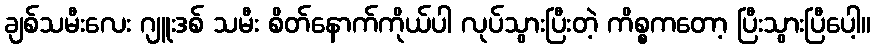
ချစ်သမီးလေး ဂျူးဒစ် သမီး စိတ်နောက်ကိုယ်ပါ လုပ်သွားပြီးတဲ့ ကိစ္စကတော့ ပြီးသွားပြီပေါ့။